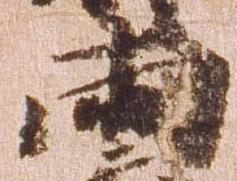
両